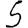
Digit: 5